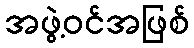
အဖွဲ့ဝင်အဖြစ်